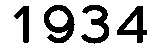
1934